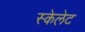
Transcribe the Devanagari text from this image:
स्केलेट